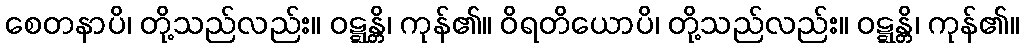
စေတနာပိ၊ တို့သည်လည်း။ ဝဋ္ဋန္တိ၊ ကုန်၏။ ဝိရတိယောပိ၊ တို့သည်လည်း။ ဝဋ္ဋန္တိ၊ ကုန်၏။